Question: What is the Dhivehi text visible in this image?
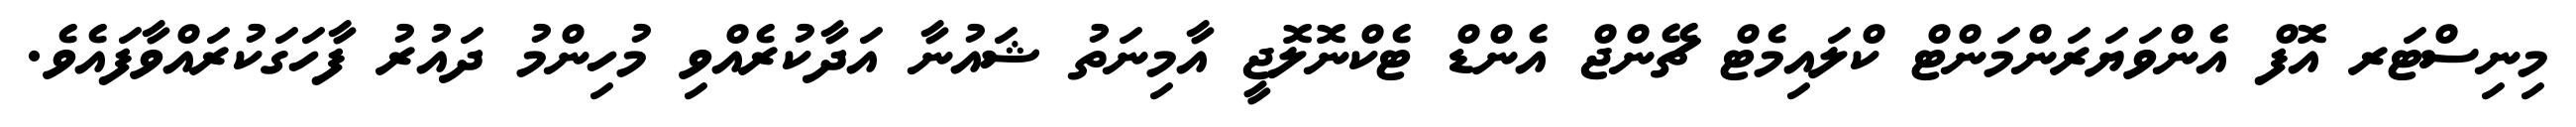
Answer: މިނިސްޓަރ އޮފް އެންވަޔަރަންމަންޓް ކްލައިމެޓް ޗޭންޖް އެންޑް ޓެކްނޮލޮޖީ އާމިނަތު ޝައުނާ އަދާކުރެއްވި މުހިންމު ދައުރު ފާހަގަކުރައްވާފައެވެ.